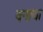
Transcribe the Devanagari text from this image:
वनाया